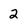
Character: 2